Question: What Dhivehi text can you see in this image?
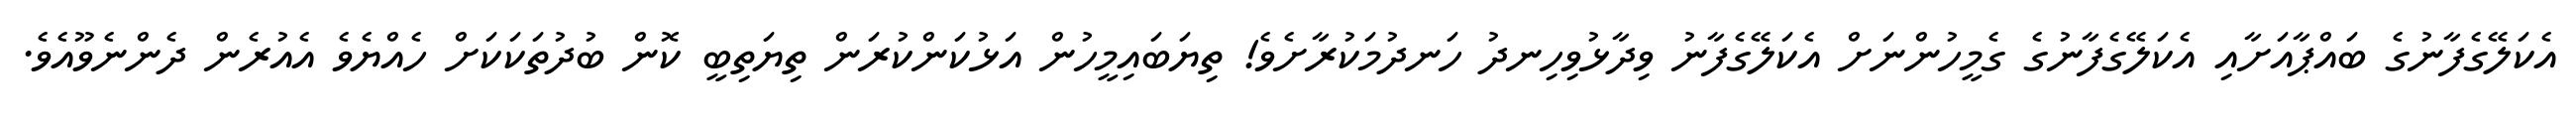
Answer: އެކަލޭގެފާނުގެ ބައްޕާއަށާއި އެކަލޭގެފާނުގެ ގެމީހުންނަށް އެކަލޭގެފާނު ވިދާޅުވިހިނދު ހަނދުމަކުރާށެވެ! ތިޔަބައިމީހުން އަޅުކަންކުރަން ތިޔަތިބީ ކޮން ބުދުތަކަކަށް ހެއްޔެވެ އެއުރެން ދެންނެވޫއެވެ.